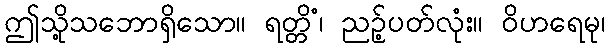
ဤသို့သဘောရှိသော။ ရတ္တိံ၊ ညဉ့်ပတ်လုံး။ ဝိဟရေမု၊